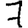
Digit: 7